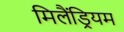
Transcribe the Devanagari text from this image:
मिलैंड्रियम